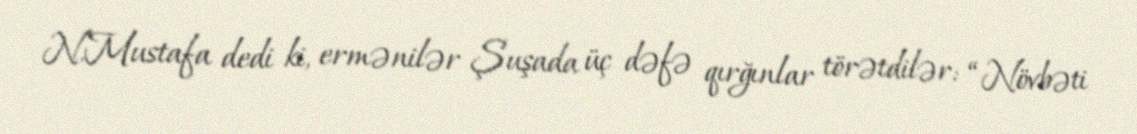
N.Mustafa dedi ki, ermənilər Şuşada üç dəfə qırğınlar törətdilər: “Növbəti